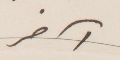
آخر